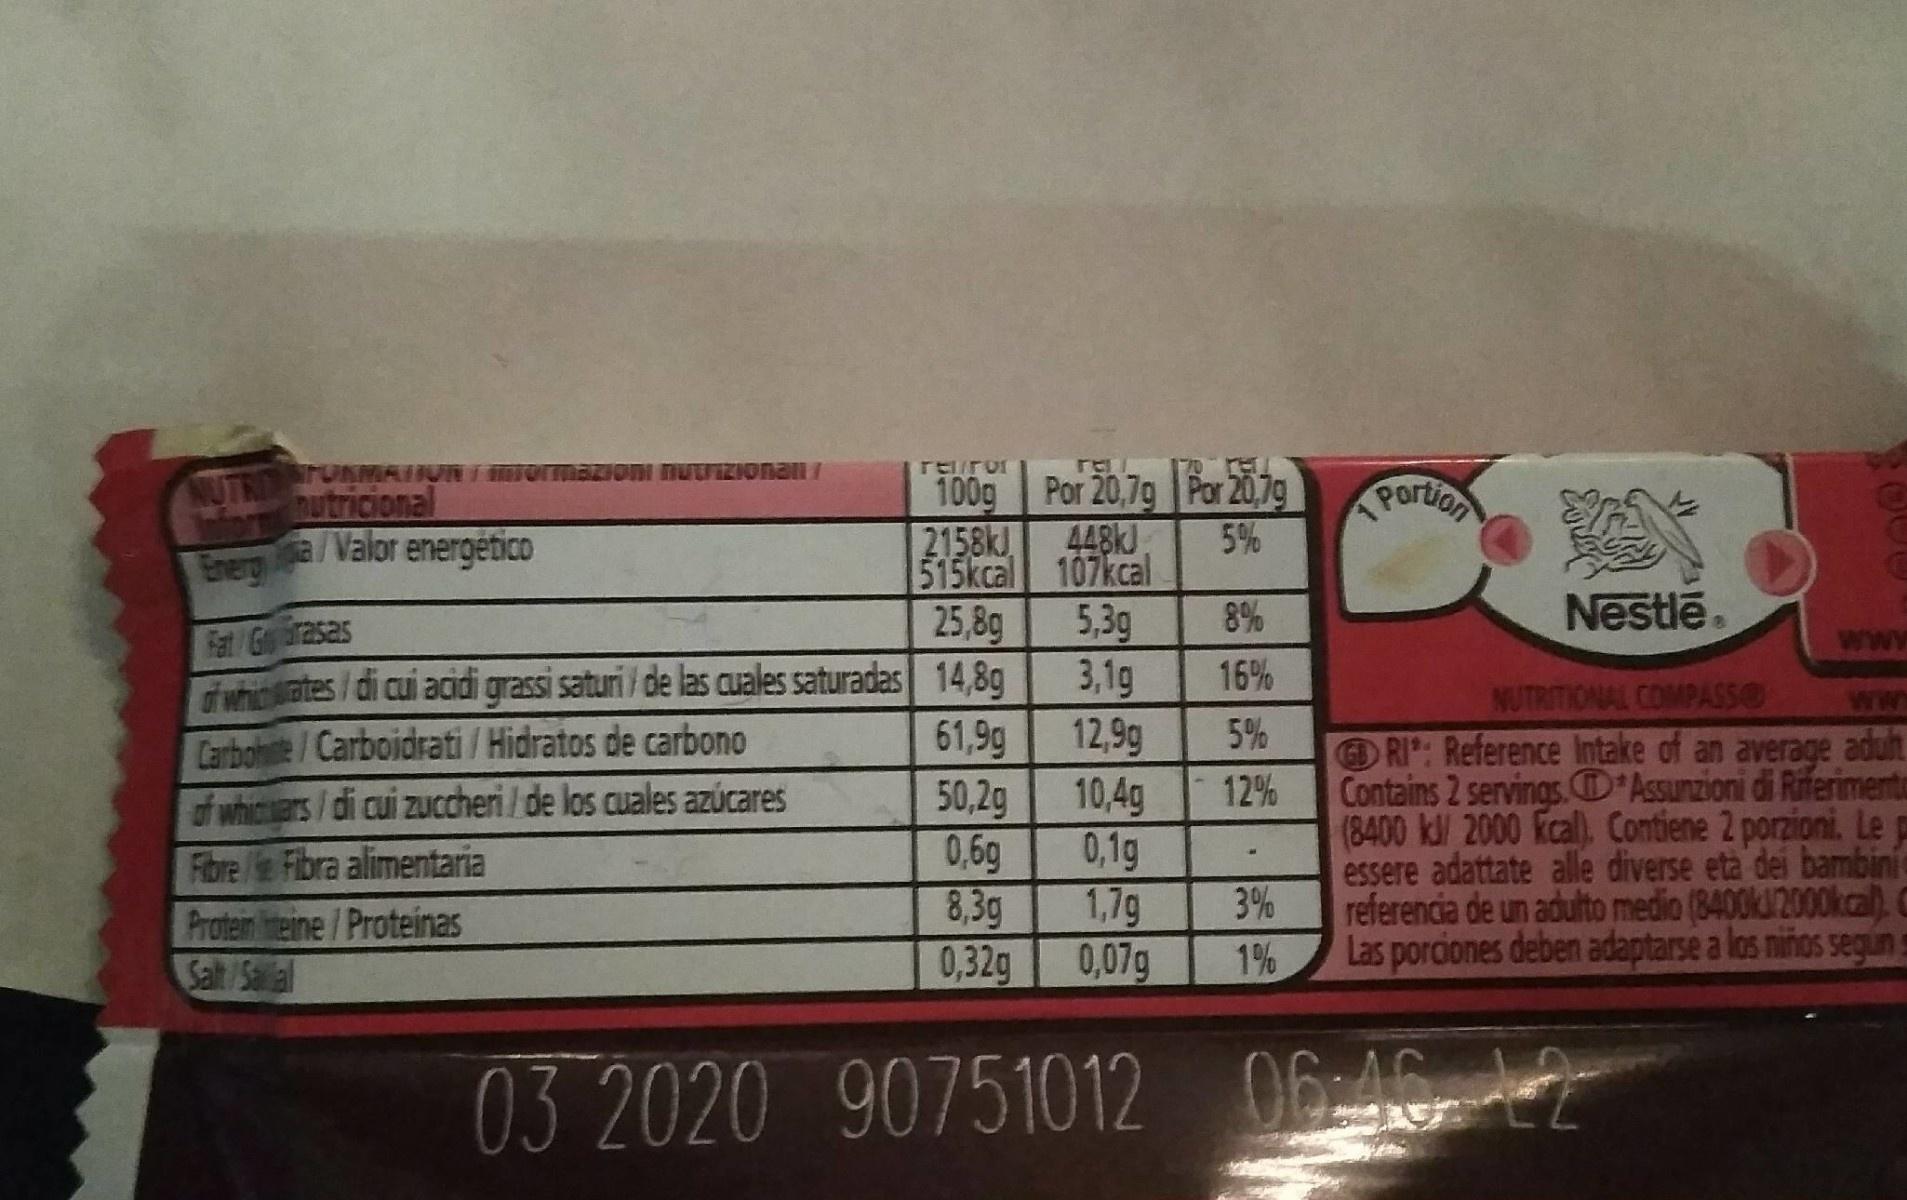
NUTR TUAMAIIVR ormazioni nutriZionan formutricional Enero a/Valor energético reuror 100g Por 20,7g Por 20,79 2158KJ Partion 448KJ 515kcal 107kcal 5,39 3,1g 12,9g 10,4g 0,1g 1,79 1% 5% estle 8% 25,8g Fart/Grasas f wihitrates/di cui acidi grassi saturi/ de las cuales saturadas Carbohe/Carboidrati/ Hidratos de carbono of whicwars/di cui zuccheri/de los cuales azucares Fibre/ Fibra alimentaria Proteineine/Proteinas Salt/Saila ww 16% 14,8g NUTRITIONAL COMPASS RI: Reference Intake of an average adut Contains 2 servings Assunzioni di Riferiment (8400 kl/ 2000 kcal). Contiene 2 porzioni. Lep essere adattate alle diverse eta dei bambini referencia de un adulto medio (8400k2000kcal) Las porciones deben adaptarse a los niños segin ww 5% 61,9g 50,2g 0,6g 8,3g 12% 3% 0,32g 0,07g O646 12 03 2020 90751012